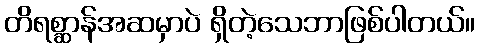
တိရစ္ဆာန်အဆမှာပဲ ရှိတဲ့သေဘာဖြစ်ပါတယ်။